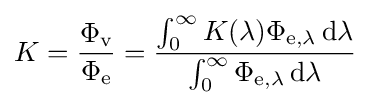
K={\frac {\Phi _{\mathrm {v} }}{\Phi _{\mathrm {e} }}}={\frac {\int _{0}^{\infty }K(\lambda )\Phi _{\mathrm {e} ,\lambda }\,\mathrm {d} \lambda }{\int _{0}^{\infty }\Phi _{\mathrm {e} ,\lambda }\,\mathrm {d} \lambda }}